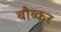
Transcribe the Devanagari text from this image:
बौब्कर